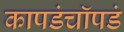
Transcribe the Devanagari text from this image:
कापडंचॉपडं